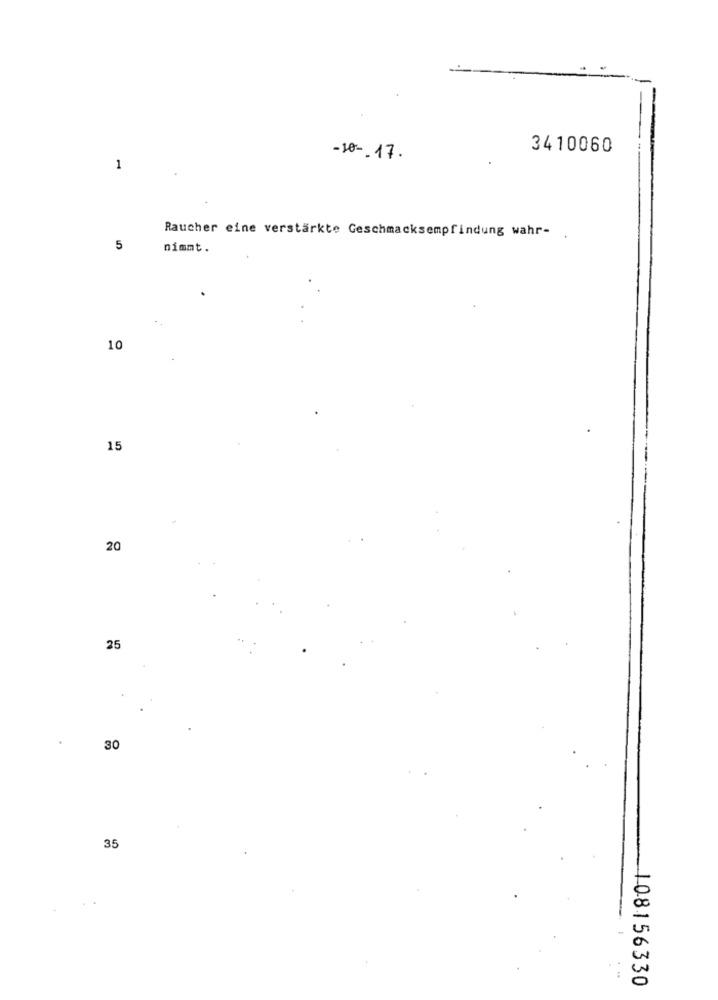
3410060
-so -- 17.
1
Raucher eine verstärkte Geschmacksempfindung wahr- .
5
nimmt.
10
15
20
25
.
30
35
108156330